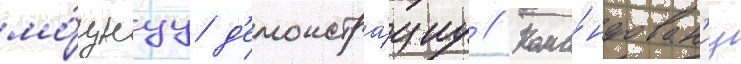
мо́щнуу д'емонстра́циу // Кома́ндован'иу